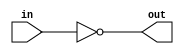
module not_gate(
    input in,
    output reg out
);

always @(*) begin
    out = ~in;
end

endmodule